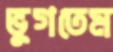
ভুগতেম